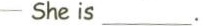
——She is__.